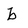
Character: b